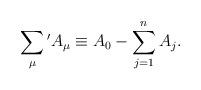
LaTeX: \begin{align*}\sum_{\mu}{}'A_{\mu} \equiv A_0-\sum_{j=1}^n A_j.\end{align*}